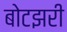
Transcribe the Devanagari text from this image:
बोटझरी